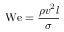
\mathrm { W e } = { \frac { \rho v ^ { 2 } l } { \sigma } }